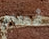
نسر